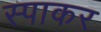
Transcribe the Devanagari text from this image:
स्पाकर